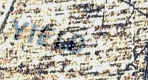
YIELD